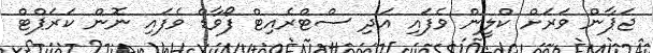
ޖަޕާން ވަރަށް ކްލީން ވެފައި އަދި ސްޓްރެއިޓް ފޯވާޑް ވެފައި ނޮން ކަރަޕްޓް